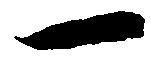
一